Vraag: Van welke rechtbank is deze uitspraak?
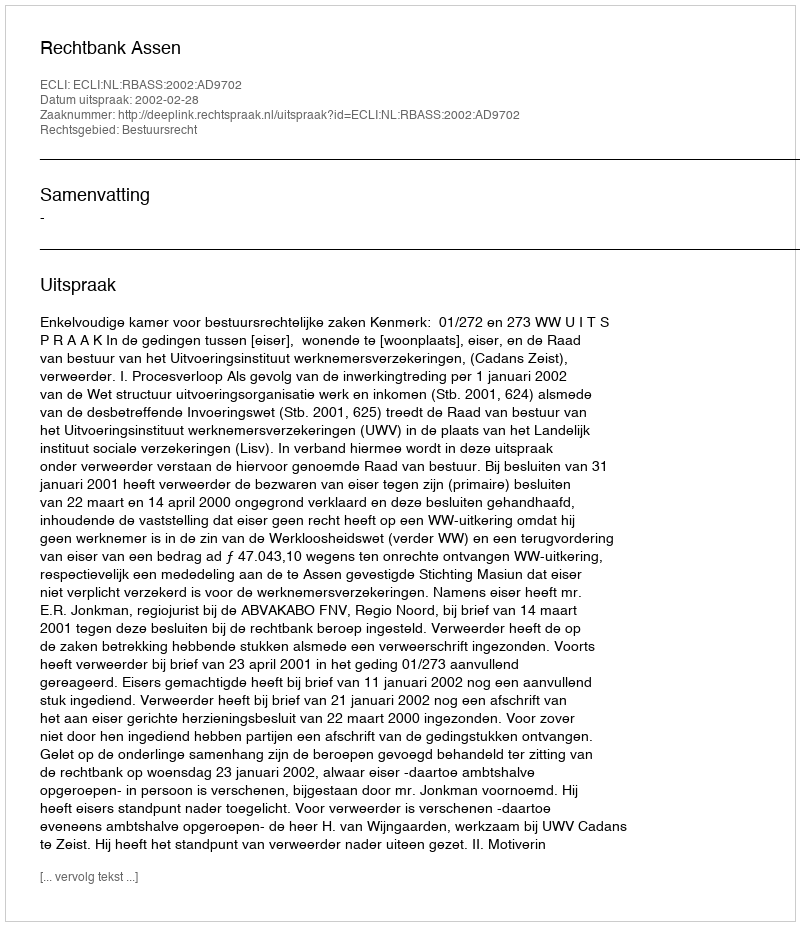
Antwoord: Rechtbank Assen